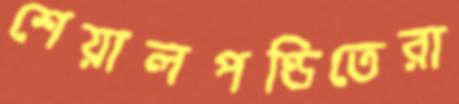
শেয়ালপণ্ডিতেরা